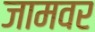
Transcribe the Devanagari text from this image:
जामवर